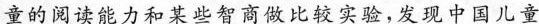
力和某些智商做比较实验，发现中国儿童